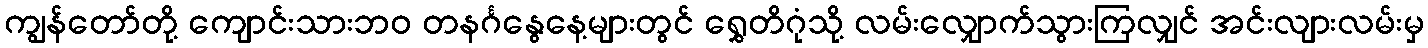
ကျွန်တော်တို့ ကျောင်းသားဘဝ တနင်္ဂနွေနေ့များတွင် ရွှေတိဂုံသို့ လမ်းလျှောက်သွားကြလျှင် အင်းလျားလမ်းမှ